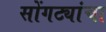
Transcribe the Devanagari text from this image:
सोंगट्यांचा